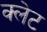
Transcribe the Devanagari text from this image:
क्लेट